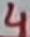
Text: 4